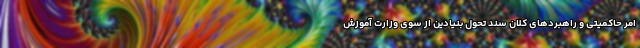
امر حاکمیتی و راهبردهای کلان سند تحول بنیادین از سوی وزارت آموزش‌